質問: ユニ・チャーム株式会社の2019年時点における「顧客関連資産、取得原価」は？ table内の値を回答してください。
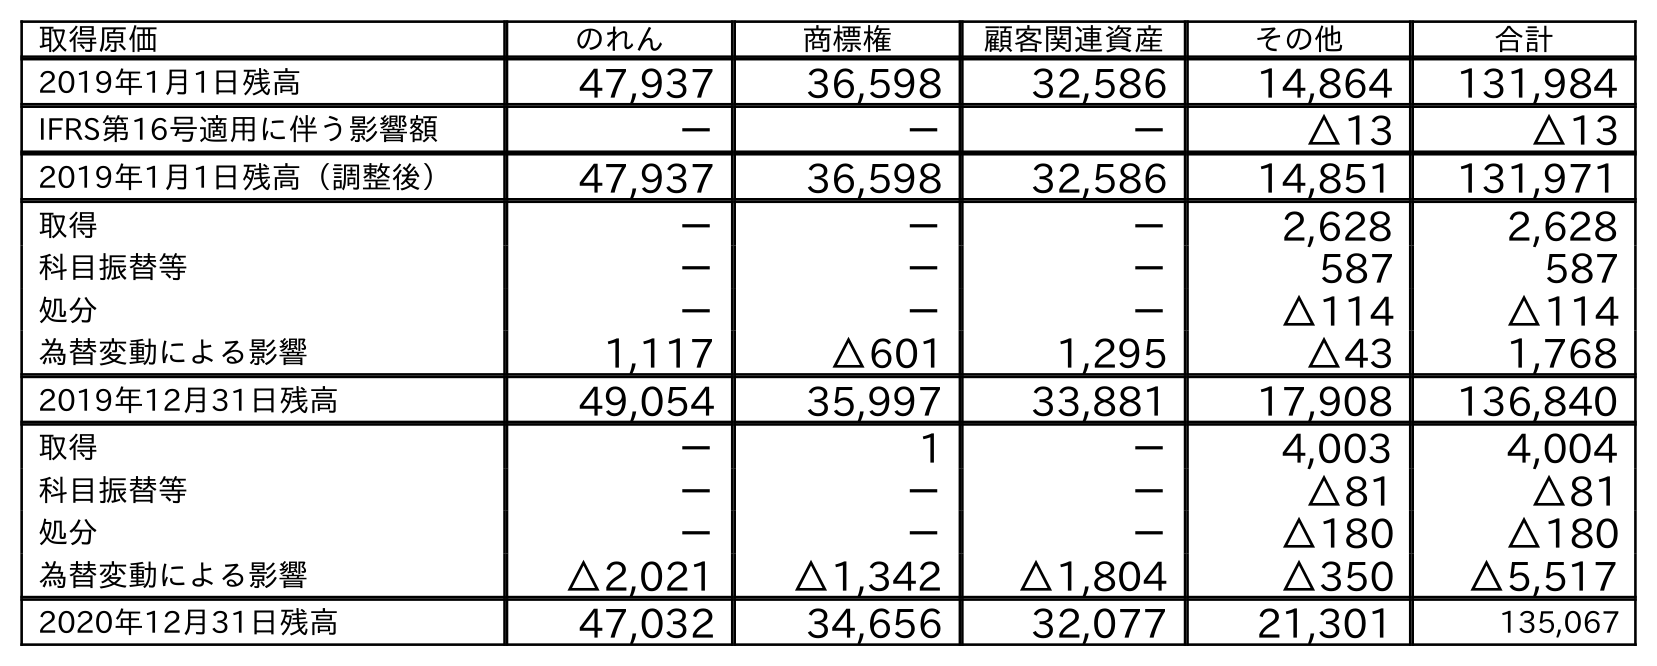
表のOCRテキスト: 取得原価 のれん 商標権 顧客関連資産 その他 合計 2019年1月1日残高 47,937 36,598 32,586 14,864 131,984 IFRS第16号適用に伴う影響額 － － － △13 △13 2019年1月1日残高（調整後） 47,937 36,598 32,586 14,851 131,971 取得 － － － 2,628 2,628 科目振替等 － － － 587 587 処分 － － － △114 △114 為替変動による影響 1,117 △601 1,295 △43 1,768 2019年12月31日残高 49,054 35,997 33,881 17,908 136,840 取得 － 1 － 4,003 4,004 科目振替等 － － － △81 △81 処分 － － － △180 △180 為替変動による影響 △2,021 △1,342 △1,804 △350 △5,517 2020年12月31日残高 47,032 34,656 32,077 21,301 135,067
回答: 33,881